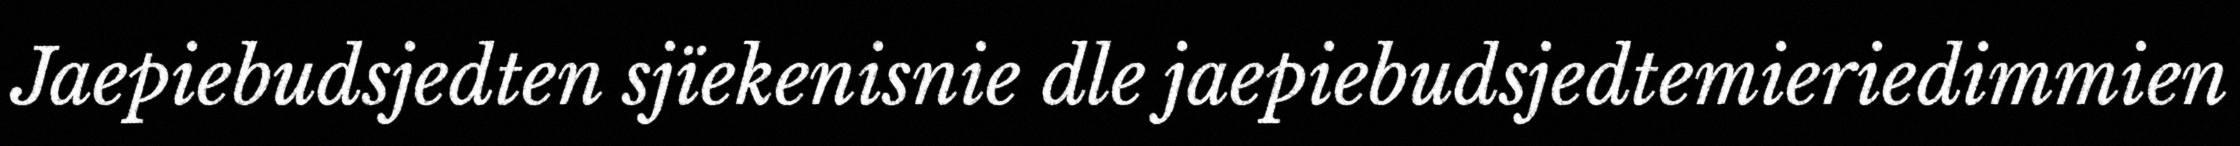
Jaepiebudsjedten sjïekenisnie dle jaepiebudsjedtemieriedimmien